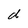
Character: d